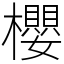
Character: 櫻